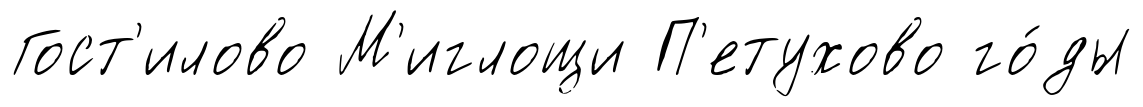
Гост'илово М'иглощи П'етухово го́ды